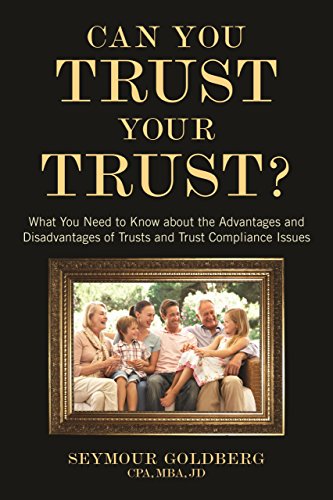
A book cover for Can You Trust Your Trust?: What You Need to Know about the Advantages and Disadvantages of Trusts and Trust Compliance Issues; Seymour Goldberg; Law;